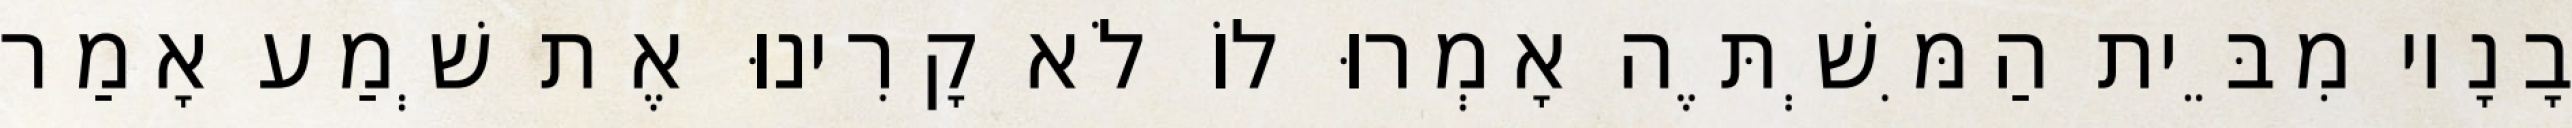
בָנָיו מִבֵּית הַמִּשְׁתֶּה אָמְרוּ לוֹ לֹא קָרִינוּ אֶת שְׁמַע אָמַר